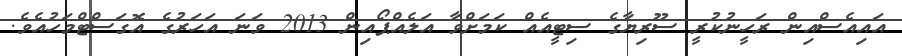
އައިއެސްއިން ރަހީނުކުރީ ސޫރިޔާގެ ސިޓީއެއް ކަމަށްވާ އަލެއްޕޯއިން 2013 ވަނަ އަހަރުގެ އޮގަސްޓްމަހުއެވެ.